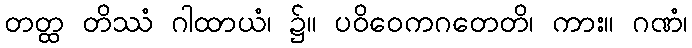
တတ္ထ တိဿံ ဂါထာယံ၊ ၌။ ပဝိဝေကဂတေတိ၊ ကား။ ဂဏံ၊